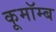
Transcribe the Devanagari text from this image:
कूमॉम्ब